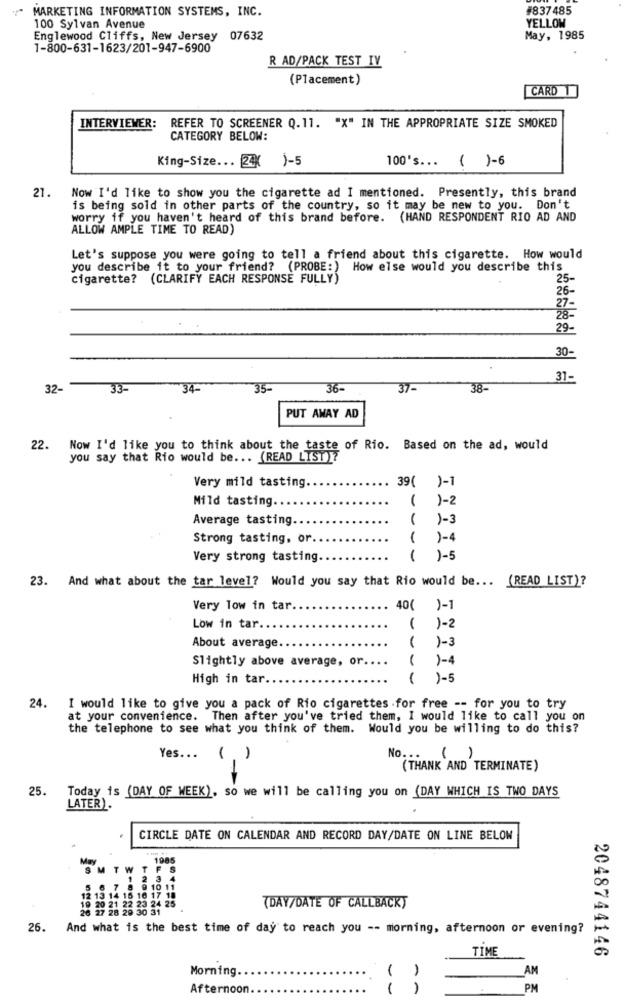
MARKETING INFORMATION SYSTEMS, INC.
#837485
YELLOW
100 Sylvan Avenue
Englewood Cliffs, New Jersey 07632
May, 1985
1-800-631-1623/201-947-6900
R AD/PACK TEST IV
(Placement)
CARD 1
INTERVIEWER:
REFER TO SCREENER Q.11. "X" IN THE APPROPRIATE SIZE SMOKED
CATEGORY BELOW:
King-Size ... 24K
1-5
100's ...
( )-6
21.
Now I'd like to show you the cigarette ad I mentioned. Presently, this brand
is being sold in other parts of the country, so it may be new to you. Don't
worry if you haven't heard of this brand before. (HAND RESPONDENT RIO AD AND
ALLOW AMPLE TIME TO READ)
Let's suppose you were going to tell a friend about this cigarette. How would
you describe it to your friend? (PROBE:) How else would you describe this
cigarette? (CLARIFY EACH RESPONSE FULLY)
25-
26-
27-
28-
29-
30-
31-
32-
33
34
35
36-
37-
38-
PUT AWAY AD
22. Now I'd like you to think about the taste of Rio. Based on the ad, would
you say that Rio would be ... (READ LIST)?
39( )-1
Very mild tasting.
Mild tasting.
( )-2
Average tasting.
( )-3
Strong tasting, or
)-4
Very strong tasting.
( )-5
23. And what about the tar level? Would you say that Rio would be ...
(READ LIST)?
Very low in tar
40( )-1
Low in tar.
( )-2
About average.
( )-3
Slightly above average, or.
( )-4
High in tar.
( )-5
24. I would like to give you a pack of Rio cigarettes for free -- for you to try
at your convenience. Then after you've tried them, I would like to call you on
the telephone to see what you think of them. Would you be willing to do this?
Yes ...
(.)
No. ..
()
(THANK AND TERMINATE)
25.
Today is (DAY OF WEEK), so we will be calling you on (DAY WHICH IS TWO DAYS
LATER).
CIRCLE DATE ON CALENDAR AND RECORD DAY/DATE ON LINE BELOW
1985
SMTWTFS
1 2 3 4
5 6 7 8 910 11
12 13 14 15 16 17 18
19 20 21 22 23 24 25
31
(DAY/DATE OF CALLBACKY
26.
And what is the best time of day to reach you -- morning, afternoon or evening?
TIME
2048744146
Morning.
1
AM
Afternoon
PM